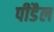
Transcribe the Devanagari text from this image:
पीडैल